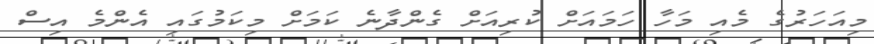
މިއަހަރުގެ މެއި މަހާ ހަމައަށް ކުރިއަށް ގެންދާނެ ކަމަށް މިކަމުގައި އެންމެ އިސް